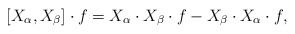
\begin{align*} [X_{\alpha}, X_{\beta}] \cdot f = X_{\alpha}\cdot X_{\beta}\cdot f - X_{\beta} \cdot X_{\alpha} \cdot f,\end{align*}